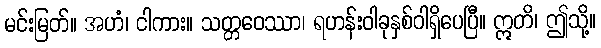
မင်းမြတ်။ အဟံ၊ ငါကား။ သတ္တဝေဿာ၊ ရဟန်းဝါခုနှစ်ဝါရှိပေပြီ။ ဣတိ၊ ဤသို့။